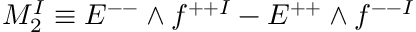
M _ { 2 } ^ { I } \equiv E ^ { -- } \wedge f ^ { + + I } - E ^ { + + } \wedge f ^ { -- I }